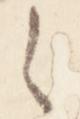
之